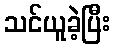
သင်ယူခဲ့ပြီး